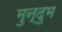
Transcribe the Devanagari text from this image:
मुन्दुम